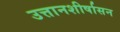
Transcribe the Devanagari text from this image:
उत्तानशीर्षासन